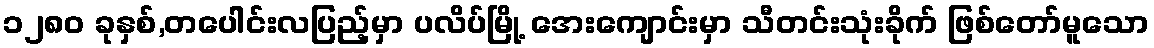
၁၂၈၀ ခုနှစ်,တပေါင်းလပြည့်မှာ ပလိပ်မြို့ အေးကျောင်းမှာ သီတင်းသုံးခိုက် ဖြစ်တော်မူသော